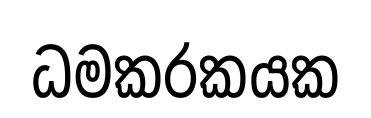
ධමකරකයක